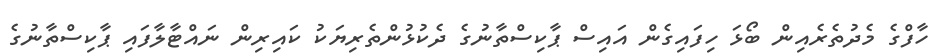
ހާފްގެ މެދުތެރެއިން ބޯޅަ ހިފައިގެން އައިސް ޕާކިސްތާނުގެ ދެކުޅުންތެރިޔަކު ކައިރިން ނައްޓާލާފައި ޕާކިސްތާނުގެ